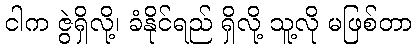
ငါက ဇွဲရှိလို့၊ ခံနိုင်ရည် ရှိလို့ သူ့လို မဖြစ်တာ